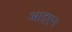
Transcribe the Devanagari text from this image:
आइएन